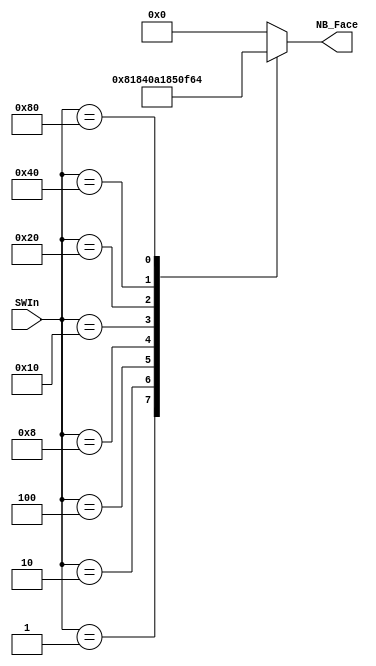
module TransSWBin(SWIn, NB_Face);

input[7:0] SWIn;	


output[6:0] NB_Face;		

reg[6:0] NB_Face;

always @(SWIn)
begin
	case (SWIn) 	
		8'b00000001 : NB_Face <= 	7'b0000100;
		8'b00000010 : NB_Face <= 	7'b0000110;
		8'b00000100 : NB_Face <= 	7'b0001000;
		8'b00001000 : NB_Face <= 	7'b0001010;
		8'b00010000 : NB_Face <= 	7'b0001100;
		8'b00100000 : NB_Face <= 	7'b0010100;
		8'b01000000 : NB_Face <= 	7'b0011110;
		8'b10000000 : NB_Face <= 	7'b1100100;
		default : NB_Face <= 7'b0000000;
	endcase
end

endmodule